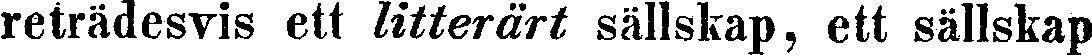
reträdesvis ett litterärt sällskap, ett sällskap